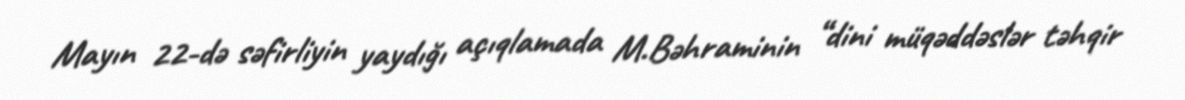
Mayın 22-də səfirliyin yaydığı açıqlamada M.Bəhraminin “dini müqəddəslər təhqir